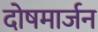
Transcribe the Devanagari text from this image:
दोषमार्जन